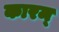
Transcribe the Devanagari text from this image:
कारम्